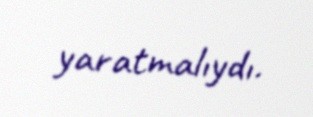
yaratmalıydı.